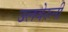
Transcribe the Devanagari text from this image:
उलवेरुनी